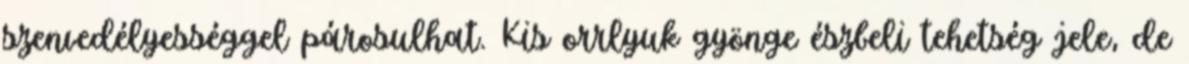
szenvedélyességgel párosulhat. Kis orrlyuk gyönge észbeli tehetség jele, de